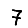
Digit: 7